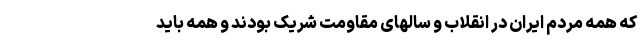
که همه مردم ایران در انقلاب و سالهای مقاومت شریک بودند و همه باید